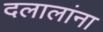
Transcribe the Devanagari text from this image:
दलालांना